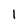
Character: 1